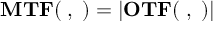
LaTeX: \mathbf { M T F ( \xi , \eta ) } = | \mathbf { O T F ( \xi , \eta ) } |